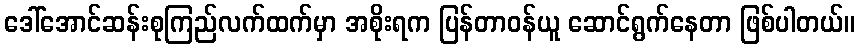
ဒေါ်အောင်ဆန်းစုကြည်လက်ထက်မှာ အစိုးရက ပြန်တာဝန်ယူ ဆောင်ရွက်နေတာ ဖြစ်ပါတယ်။